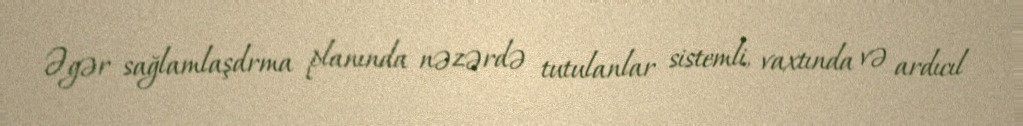
Əgər sağlamlaşdrma planında nəzərdə tutulanlar sistemli, vaxtında və ardıcıl